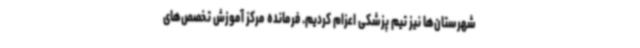
شهرستان‌ها نیز تیم پزشکی اعزام کردیم. فرمانده مرکز آموزش تخصص‌های